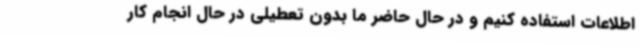
اطلاعات استفاده کنیم و در حال حاضر ما بدون تعطیلی در حال انجام کار